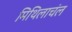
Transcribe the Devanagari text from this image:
मिथिलाचंल